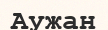
Аужан